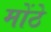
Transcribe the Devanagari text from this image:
मोंठे